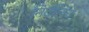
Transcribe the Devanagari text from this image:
निर्दलिय